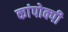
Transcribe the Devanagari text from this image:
कांपोक्पी